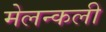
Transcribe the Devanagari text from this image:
मेलन्कली